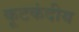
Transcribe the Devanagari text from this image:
कूटकंदीय